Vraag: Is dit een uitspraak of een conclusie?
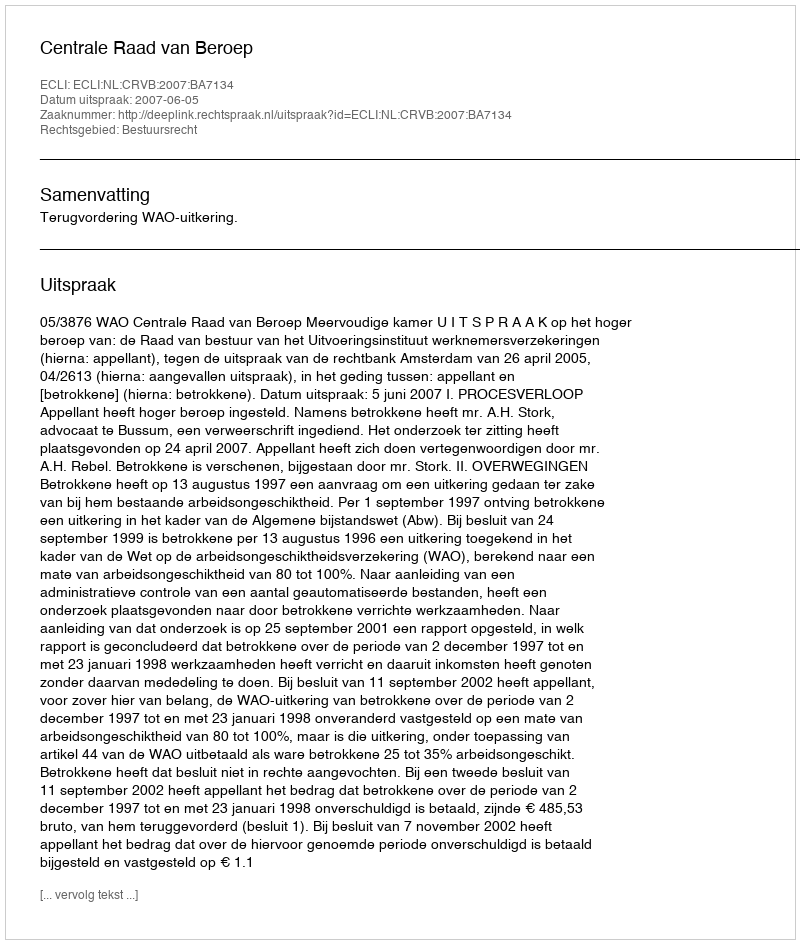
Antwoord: Uitspraak